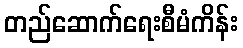
တည်ဆောက်ရေးစီမံကိန်း